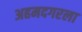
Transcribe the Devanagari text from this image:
अहमदगरला